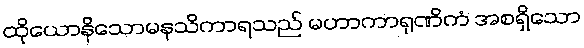
ထိုယောနိသောမနသိကာရသည် မဟာကာရုဏိကံ အစရှိသော